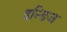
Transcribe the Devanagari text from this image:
इन्डिज